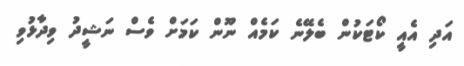
އަދި އެއީ ކޯޓަކުން ބެލޭނެ ކަމެއް ނޫން ކަމަށް ވެސް ނަޝީދު ވިދާޅުވި